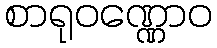
စာရုဝဏ္ဏောဝ